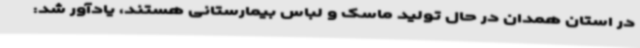
در استان همدان در حال تولید ماسک و لباس بیمارستانی هستند، یادآور شد: